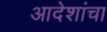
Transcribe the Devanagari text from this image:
आदेशांचा